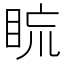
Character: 䀮